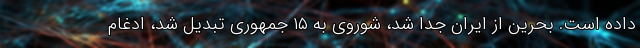
داده است. بحرين از ايران جدا شد، شوروي به ۱۵ جمهوري تبديل شد، ادغام